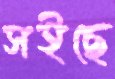
সইছে